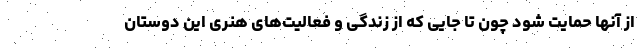
از آنها حمایت شود چون تا جایی که از زندگی و فعالیت‌های هنری این دوستان